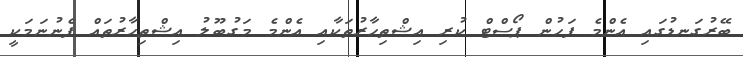
ބޭރުގަނޑުގައި އެންމެ ފަހުން ޕޯސްޓް ކުރި އިޝްތިހާރުތަކާއި އެންމެ މަގުބޫލު އިޝްތިހާރުތައް ފެނުނަމަކީ